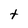
Character: t